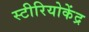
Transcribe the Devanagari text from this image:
स्टीरियोकेंद्र